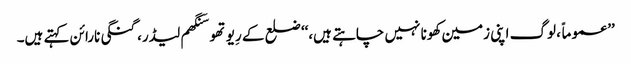
’’عموماً، لوگ اپنی زمین کھونا نہیں چاہتے ہیں،‘‘ ضلع کے رِیوتھو سَنگھم لیڈر، گنگی نارائن کہتے ہیں۔